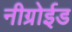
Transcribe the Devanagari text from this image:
नीग्रोईड